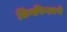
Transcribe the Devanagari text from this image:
किंगफिशरचे